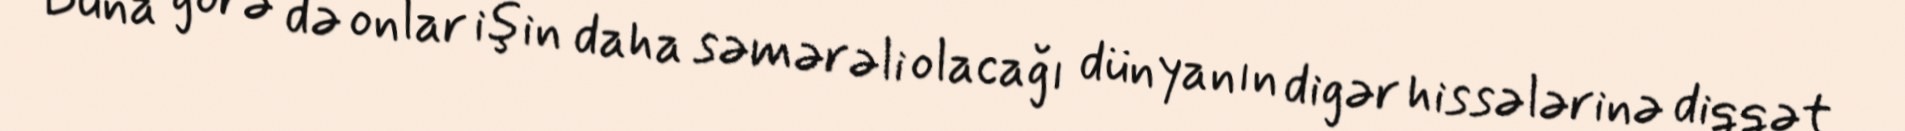
Buna görə də onlar işin daha səmərəli olacağı dünyanın digər hissələrinə diqqət